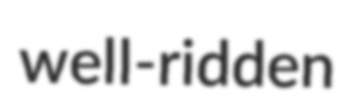
well-ridden